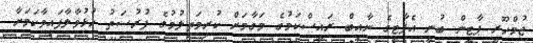
ޖުމްހޫރީ ޕާޓީން ބުނީ އެޕާޓީގެ ނާއިބް ރައީސްކަމުގެ މަގާމަށް ކުރިމަތިލުމުގެ ފުރުސަތު ހުޅުވާލާފައިވާކަމަށާ